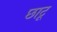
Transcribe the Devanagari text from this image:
छाटू